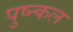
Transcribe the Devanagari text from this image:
पुष्न्कल